Indian Medical Review
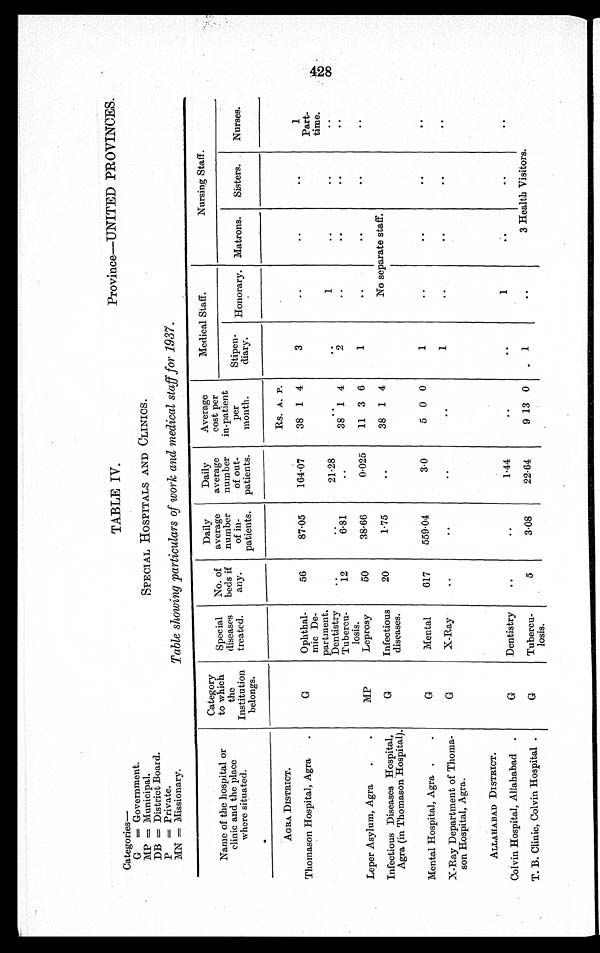
Province—UNITED PROVINCES.
Categories—
G = Government.
MP = Municipal.
DB = District Board.
P = Private.
MN = Missionary.
TABLE IV.
SPECIAL HOSPITALS AND CLINICS.
Table showing particulars of work and medical staff for 1937.
Name of the hospital or
clinic and the place
where situated.
Category
to which
the
Institution
belongs.
Special
diseases
treated.
No. of
beds if
any.
Daily
average
number
of in-
patients.
Daily
average
number
of out-
patients.
Average
cost per
in-patient
per
month.
Medical Staff.
Nursing Staff.
Stipen-
diary. Honorary. Matrons. Sisters. Nurses.
AGRA DISTRICT.
Rs. A. P.
Thomason Hospital, Agra .
Leper Asylum, Agra . .
G
MP
Ophthal-
mic De-
partment.
Dentistry
Tubercu-
losis.
Leprosy
56
87.05
164.07
38 1 4
3
..
..
..
1
Part-
time. . .
..
21.28
. .
..
1
. .
. .
12
6.81 ..
38 1 4
2
..
..
..
..
50
38.66
0.025 11 3 6
1
..
..
..
..
Infectious Diseases Hospital,
Agra (in Thomason Hospital).
G
Infectious
diseases.
20
1.75
..
38 1 4
No separ at e st af f .
Mental Hospital, Agra . .
G
Mental
617
559.04
3.0
5 0 0
1
..
..
..
..
X-Ray Department of Thoma-
son Hospital, Agra.
G
X-Ray
..
..
..
..
1
. .
. .
. .
. .
ALLAHABAD DISTRICT.
Colvin Hospital, Allahabad .
G Dentistry . .
..
1.44
..
..
1
. .
. .
. .
T. B. Clinic, Colvin Hospital .
G Tubercu-
losis.
5
3.08
22.64
9 13 0
1
. .
3 He a l t h Vi s i t or s .
428